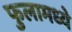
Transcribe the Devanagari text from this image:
फुलामध्ये